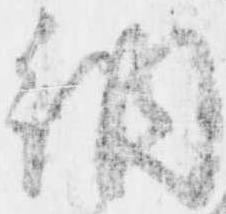
納